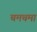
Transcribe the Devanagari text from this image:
चमचमा